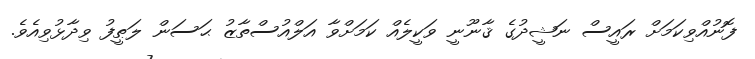
ފޮނުއްވިކަމަށް ރައީސް ނަޝީދުގެ ޤާނޫނީ ވަކީލެއް ކަމަށްވާ އަލްއުސްތާޒު ޙަސަން ލަޠީފު ވިދާޅުވިއެވެ.